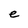
Character: e